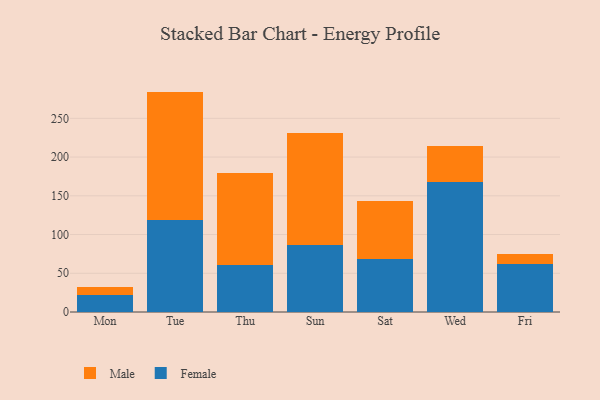
{"axis": {"x": "Day", "y": "Energy Usage (MWh)"}, "legend": ["Female", "Male"], "data": [{"x": "Mon", "y": 21.4, "type": "Female"}, {"x": "Mon", "y": 11.0, "type": "Male"}, {"x": "Tue", "y": 118.6, "type": "Female"}, {"x": "Tue", "y": 165.9, "type": "Male"}, {"x": "Thu", "y": 61.2, "type": "Female"}, {"x": "Thu", "y": 118.0, "type": "Male"}, {"x": "Sun", "y": 85.9, "type": "Female"}, {"x": "Sun", "y": 144.9, "type": "Male"}, {"x": "Sat", "y": 68.9, "type": "Female"}, {"x": "Sat", "y": 73.8, "type": "Male"}, {"x": "Wed", "y": 168.4, "type": "Female"}, {"x": "Wed", "y": 46.4, "type": "Male"}, {"x": "Fri", "y": 62.4, "type": "Female"}, {"x": "Fri", "y": 12.3, "type": "Male"}]}